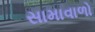
સામાવાળો